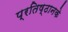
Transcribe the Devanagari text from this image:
प्रतिष्ठानके